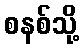
စနစ်သို့